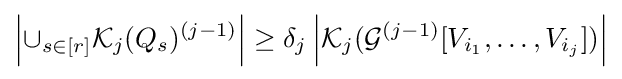
\left|\cup _{s\in [r]}{\mathcal {K}}_{j}(Q_{s})^{(j-1)}\right|\geq \delta _{j}\left|{\mathcal {K}}_{j}({\mathcal {G}}^{(j-1)}[V_{i_{1}},\ldots ,V_{i_{j}}])\right|